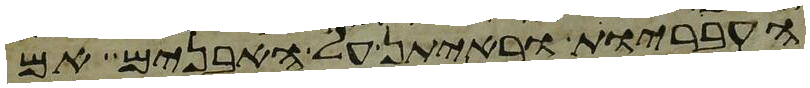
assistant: העבריות וראיתן על האבנים אם